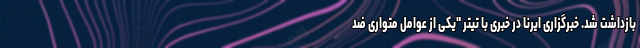
بازداشت شد. خبرگزاری ایرنا در خبری با تیتر "یکی از عوامل متواری ضد